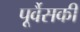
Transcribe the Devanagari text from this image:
पूर्वैसकी